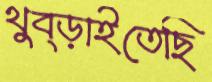
থুব্‌ড়াইতেছি